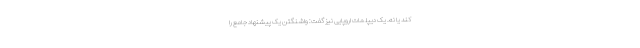
کند یا نه. یک دیپلمات اروپایی نیز گفت: واشنگتن یک پیشنهاد جامع را